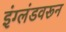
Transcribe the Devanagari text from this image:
इंग्लंडवरून